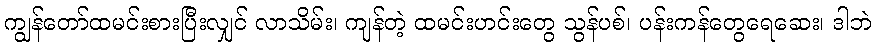
ကျွန်တော်ထမင်းစားပြီးလျှင် လာသိမ်း၊ ကျန်တဲ့ ထမင်းဟင်းတွေ သွန်ပစ်၊ ပန်းကန်တွေရေဆေး၊ ဒါဘဲ